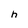
Character: h